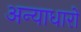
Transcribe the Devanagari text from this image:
अन्याधारों